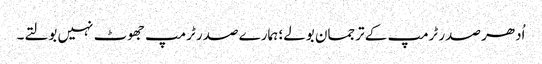
اُدھر صدر ٹرمپ کے ترجمان بولے؛ ہمارے صدر ٹرمپ جھوٹ نہیں بولتے۔